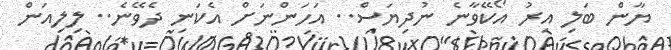
ޔާން ބަލި އިރު އޯކޭވާނެ ނުދިޔަސް.. އަހަންނަށް އެކަނި ދެވޭނެ.. ލިލިއަން